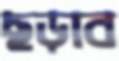
ছড়াব